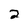
Character: 2